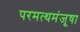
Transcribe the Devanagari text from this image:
परमत्थमंजूषा